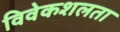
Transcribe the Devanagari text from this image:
विवेकशलता